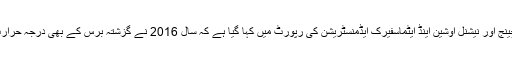
انٹرنیشنل پینل آن کلائمیٹ چینج اور نیشنل اوشین اینڈ ایٹماسفیرک ایڈمنسٹریشن کی رپورٹ میں کہا گیا ہے کہ سال 2016 نے گزشتہ برس کے بھی درجہ حرارت کو پیچھے چھوڑ دیا ہے۔